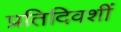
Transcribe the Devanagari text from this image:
प्रतिदिवशीं